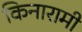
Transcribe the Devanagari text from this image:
किनारामी